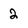
Character: 2